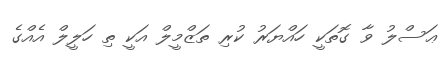
ޢަސްލު ވާ ގޮތަކީ ހައްޔަރު ކުރި ތަޒްމީލް އަކީ ތި ހަލީލް އެއްގެ